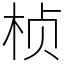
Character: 桢